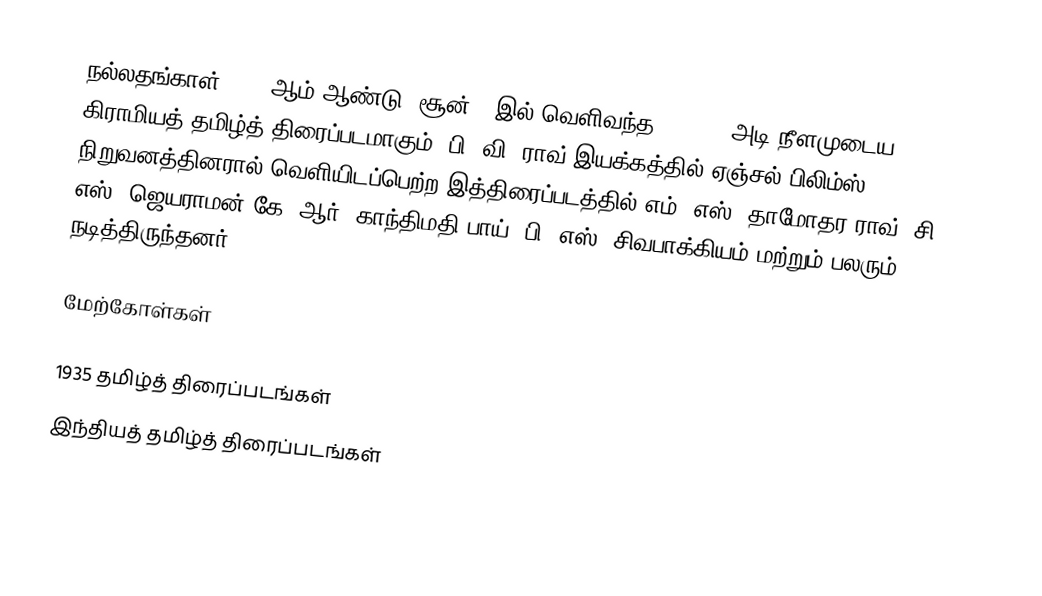
நல்லதங்காள் 1935 ஆம் ஆண்டு, சூன் 1 இல் வெளிவந்த, 19,041 அடி நீளமுடைய கிராமியத் தமிழ்த் திரைப்படமாகும். பி. வி. ராவ் இயக்கத்தில் ஏஞ்சல் பிலிம்ஸ் நிறுவனத்தினரால் வெளியிடப்பெற்ற இத்திரைப்படத்தில் எம். எஸ். தாமோதர ராவ், சி. எஸ். ஜெயராமன் கே. ஆர். காந்திமதி பாய், பி. எஸ். சிவபாக்கியம்  மற்றும் பலரும் நடித்திருந்தனர்.

மேற்கோள்கள்

1935 தமிழ்த் திரைப்படங்கள்
இந்தியத் தமிழ்த் திரைப்படங்கள்